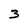
Character: 3